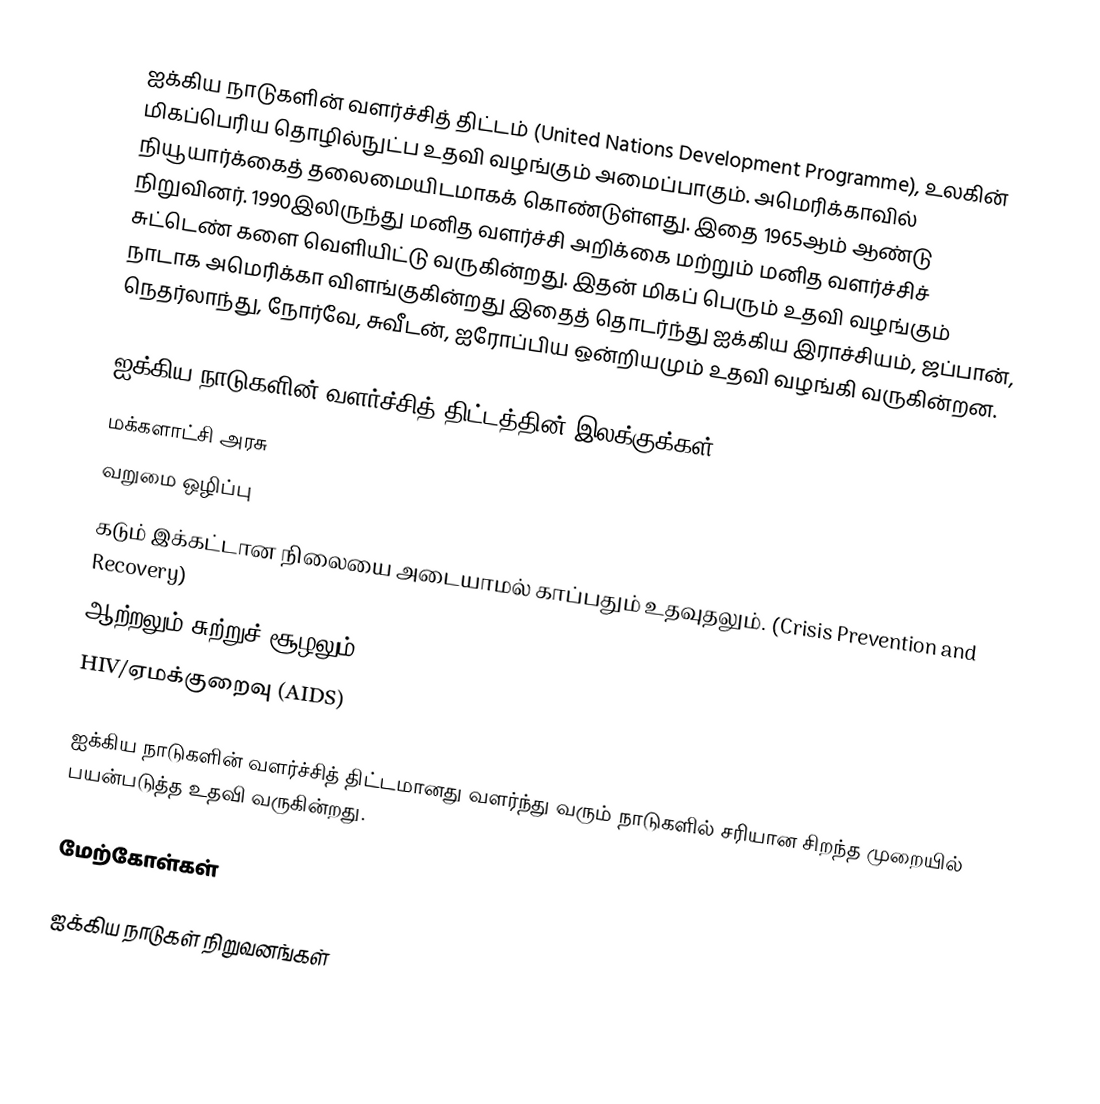
ஐக்கிய நாடுகளின் வளர்ச்சித் திட்டம் (United Nations Development Programme), உலகின் மிகப்பெரிய தொழில்நுட்ப உதவி வழங்கும் அமைப்பாகும். அமெரிக்காவில் நியூயார்க்கைத் தலைமையிடமாகக் கொண்டுள்ளது. இதை 1965ஆம் ஆண்டு நிறுவினர். 1990இலிருந்து மனித வளர்ச்சி அறிக்கை மற்றும் மனித வளர்ச்சிச் சுட்டெண் களை வெளியிட்டு வருகின்றது. இதன் மிகப் பெரும் உதவி வழங்கும் நாடாக அமெரிக்கா விளங்குகின்றது இதைத் தொடர்ந்து ஐக்கிய இராச்சியம், ஜப்பான், நெதர்லாந்து, நோர்வே, சுவீடன், ஐரோப்பிய ஒன்றியமும் உதவி வழங்கி வருகின்றன.

ஐக்கிய நாடுகளின் வளர்ச்சித் திட்டத்தின் இலக்குக்கள்
 மக்களாட்சி அரசு
 வறுமை ஒழிப்பு
 கடும் இக்கட்டான நிலையை அடையாமல் காப்பதும் உதவுதலும். (Crisis Prevention and Recovery)
 ஆற்றலும் சுற்றுச் சூழலும்
 HIV/ஏமக்குறைவு (AIDS)

ஐக்கிய நாடுகளின் வளர்ச்சித் திட்டமானது வளர்ந்து வரும் நாடுகளில் சரியான சிறந்த முறையில் பயன்படுத்த உதவி வருகின்றது.

மேற்கோள்கள்

ஐக்கிய நாடுகள் நிறுவனங்கள்